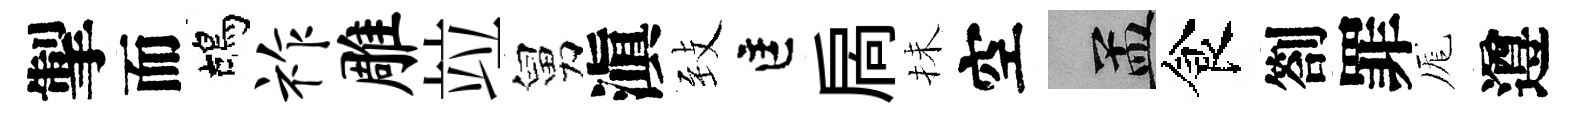
掣而鴣祚雕竝舅滇𦤺匡扄抺空汴食劄罪厖遵